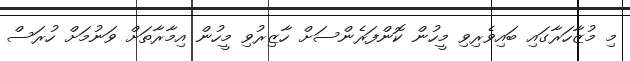
މި މުޒާހަރާގައި ބައިވެރިވި މީހުން ކޮންފަރެންސަށް ހާޒިރުވި މީހުން އިމާރާތަށް ވަނުމަށް ހުރަސް